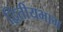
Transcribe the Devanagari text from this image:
द्वितीयभाग